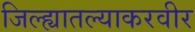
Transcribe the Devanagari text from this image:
जिल्ह्यातल्याकरवीर